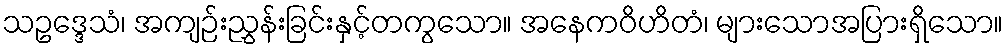
သဥဒ္ဒေသံ၊ အကျဉ်းညွှန်းခြင်းနှင့်တကွသော။ အနေကဝိဟိတံ၊ များသောအပြားရှိသော။